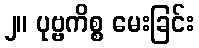
၂။ ပုဗ္ဗကိစ္စ မေးခြင်း